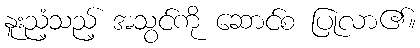
နူးညံ့သည့် အသွင်ကို ဆောင်စ ပြုလာ၏။